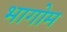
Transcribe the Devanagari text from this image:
भागोम